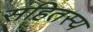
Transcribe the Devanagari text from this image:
सहितस्य